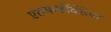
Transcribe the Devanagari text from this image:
एसफाईक्सिया